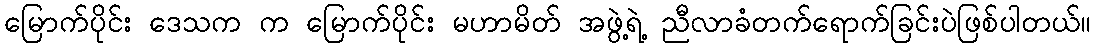
မြောက်ပိုင်း ဒေသက က မြောက်ပိုင်း မဟာမိတ် အဖွဲ့ရဲ့ ညီလာခံတက်ရောက်ခြင်းပဲဖြစ်ပါတယ်။